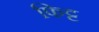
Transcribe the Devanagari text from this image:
फिट्ट